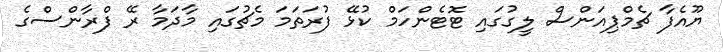
ޔޫއެފާ ޗެމްޕިއަންސް ލީގުގައި ޓޮޓެންހަމް ކުޅޭ ފުރަތަމަ މެޗުގައި މާދަމާ ރޭ ފްރާންސްގެ